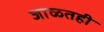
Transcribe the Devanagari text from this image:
जाळतही